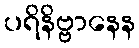
ပရိနိဗ္ဗာနေန